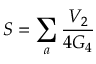
S = \sum _ { a } \frac { V _ { 2 } } { 4 G _ { 4 } }